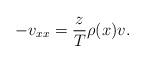
LaTeX: \begin{align*}-v_{xx} = \frac zT\rho(x) v. \end{align*}